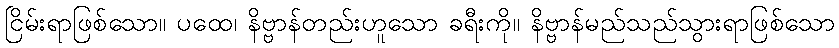
ငြိမ်းရာဖြစ်သော။ ပထေ၊ နိဗ္ဗာန်တည်းဟူသော ခရီးကို။ နိဗ္ဗာန်မည်သည်သွားရာဖြစ်သော